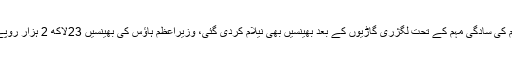
اسلام آباد : وزیراعظم کی سادگی مہم کے تحت لگژری گاڑیوں کے بعد بھینسیں بھی نیلام کردی گئی، وزیراعظم ہاؤس کی بھینسیں 23لاکھ 2 ہزار روپے میں فروخت ہوئیں۔